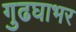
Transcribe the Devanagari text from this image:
गुढघाभर